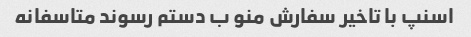
اسنپ با تاخیر سفارش منو ب دستم‌ رسوند متاسفانه